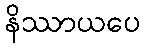
နိဿာယပေ